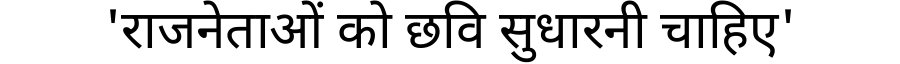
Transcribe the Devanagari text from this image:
'राजनेताओं को छवि सुधारनी चाहिए'